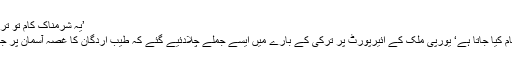
’یہ شرمناک کام تو ترکی میں سرعام کیا جاتا ہے‘ یورپی
’یہ شرمناک کام تو ترکی میں سرعام کیا جاتا ہے‘ یورپی ملک کے ائیرپورٹ پر ترکی کے بارے میں ایسے جملے چلادئیے گئے کہ طیب اردگان کا غصہ آسمان پر جاپہنچا، سفیر کو طلب کرلیا کیونکہ۔